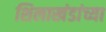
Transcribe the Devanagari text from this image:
शिलाखंडांच्या